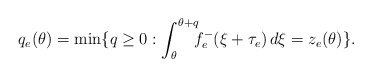
\begin{align*}q_e(\theta)=\min \{ q \geq 0 :\int_\theta^{\theta+q}\!\!\!f_e^- (\xi+\tau_e)\,d\xi=z_e(\theta) \}. \end{align*}